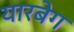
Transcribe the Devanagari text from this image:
यारबेग